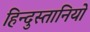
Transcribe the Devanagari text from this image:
हिन्दुस्तानियो